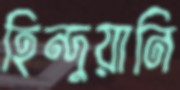
হিন্দুয়ানি